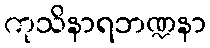
ကုသိနာရဘဏ္ဍနာ